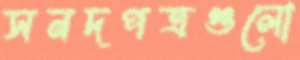
সনদপত্রগুলো